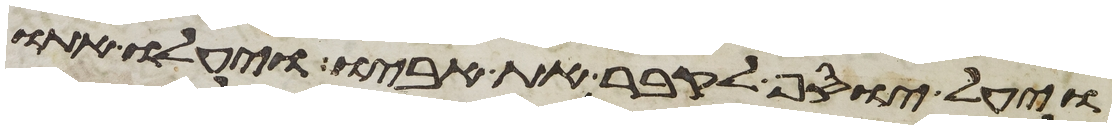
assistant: ויעל יוסף לקבר את אביו ויעלו אתו